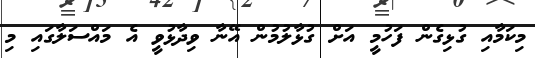
މިކަމާއި ގުޅިގެން ފަހުމީ އަށް ގުޅާލުމުން އޭނާ ވިދާޅުވީ އެ މައްސަލާގައި މި